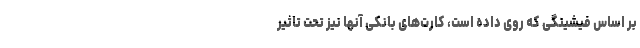
بر اساس فیشینگی که روی داده است، کارت‌های بانکی آنها نیز تحت تاثیر